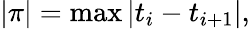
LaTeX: |\pi|=\operatorname*{max}\left|t_{i}-t_{i+1}\right|,